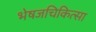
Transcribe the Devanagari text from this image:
भेषजचिकित्सा